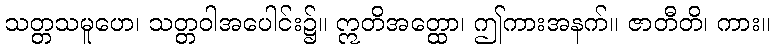
သတ္တသမူဟေ၊ သတ္တဝါအပေါင်း၌။ ဣတိအတ္ထော၊ ဤကားအနက်။ ဇာတီတိ၊ ကား။